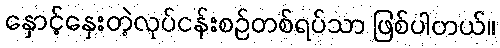
နှောင့်နှေးတဲ့လုပ်ငန်းစဉ်တစ်ရပ်သာ ဖြစ်ပါတယ်။